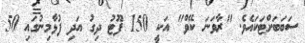
ސަބަބަށްޓަކައެވެ. "ރާވަނަ ކޭވް" އަކީ 150 ފޫޓު ދިގު އަދި ފުޅާމިނުގައި 50